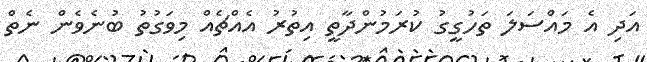
އަދި އެ މައްސަލަ ތަހުގީގު ކުރަމުންދާތީ އިތުރު އެއްޗެއް މިވަގުތު ބުނެވެން ނެތް